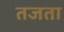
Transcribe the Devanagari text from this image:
तजता